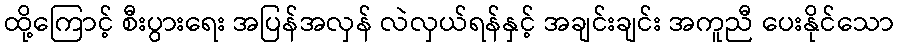
ထို့ကြောင့် စီးပွားရေး အပြန်အလှန် လဲလှယ်ရန်နှင့် အချင်းချင်း အကူညီ ပေးနိုင်သော